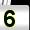
Digit: 5